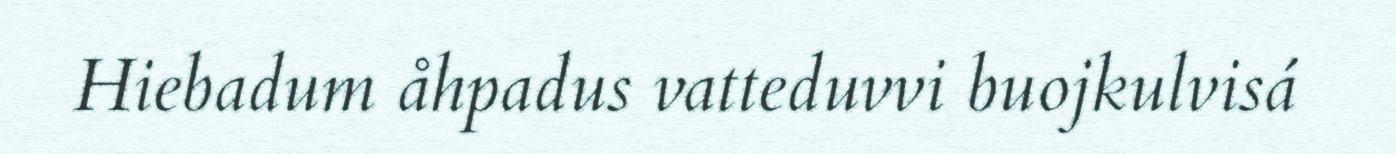
Hiebadum åhpadus vatteduvvi buojkulvisá